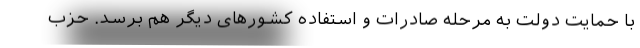
با حمایت دولت به مرحله صادرات و استفاده کشورهای دیگر هم برسد. حزب